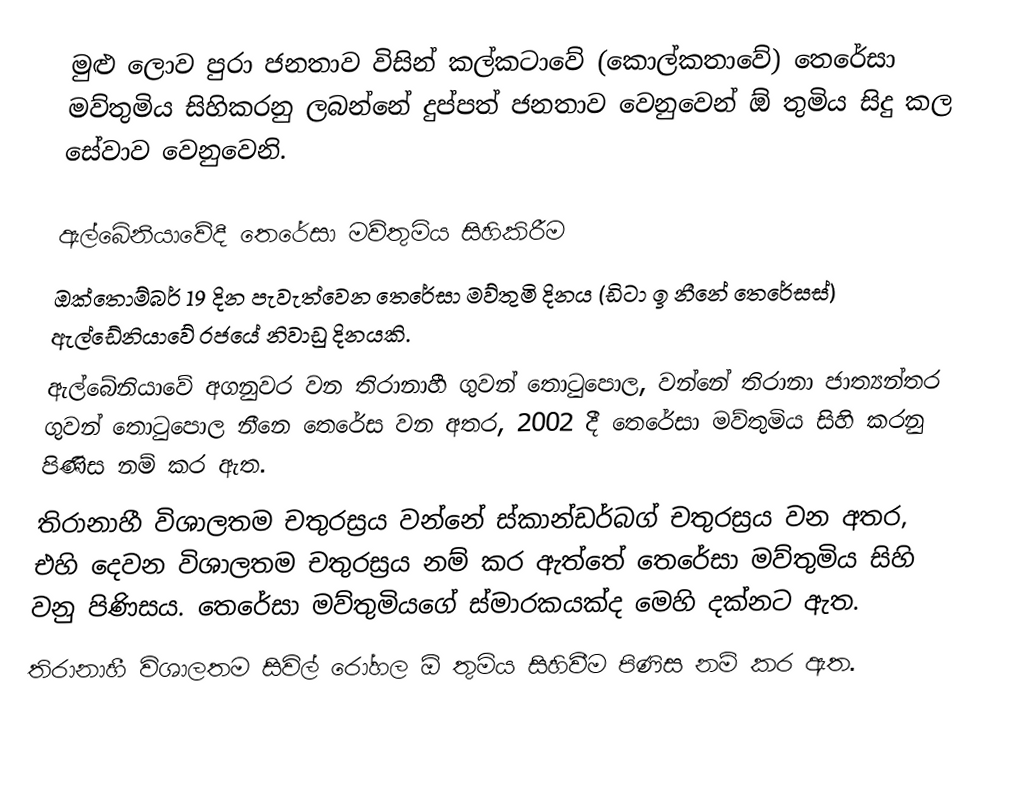
මුළු ලොව පුරා ජනතාව විසින් කල්කටාවේ (කොල්කතාවේ)  තෙරේසා මව්තුමිය සිහිකරනු ලබන්නේ දුප්පත් ජනතාව වෙනුවෙන් ඕ තුමිය සිදු කල සේවාව වෙනුවෙනි.

ඇල්බේනියාවේදී තෙරේසා මව්තුමිය සිහිකිරීම
ඔක්තොම්බර් 19 දින පැවැත්වෙන තෙරේසා මව්තුමි දිනය (ඩිටා ඉ නීනේ තෙරේසස්) ඇල්ඩේනියාවේ රජයේ නිවාඩු දිනයකි.
 ඇල්බේනියාවේ අගනුවර වන තිරානාහී ගුවන් තොටුපොල, වන්නේ  තිරානා ජාත්‍යන්තර ගුවන් තොටුපොල  නීනෙ තෙරේස වන අතර, 2002 දී තෙරේසා මව්තුමිය සිහි කරනු පිණිස නම් කර ඇත.
 තිරානාහී විශාලතම චතුරස්‍රය වන්නේ ස්කාන්ඩර්බග් චතුරස්‍රය වන අතර, එහි දෙවන විශාලතම චතුරස්‍රය නම් කර ඇත්තේ තෙරේසා මව්තුමිය සිහි වනු පිණිසය.  තෙරේසා මව්තුමියගේ ස්මාරකයක්ද මෙහි දක්නට ඇත.
තිරානාහී විශාලතම සිවිල් රෝහල ඕ තුමිය සිහිවීම පිණිස නම් කර ඇත.